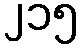
၂၁၅